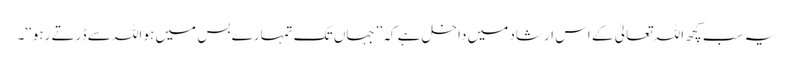
یہ سب کچھ اللہ تعالیٰ کے اس ارشاد میں داخل ہے کہ ’’جہاں تک تمہارے بس میں ہو اللہ سے ڈرتے رہو‘‘۔